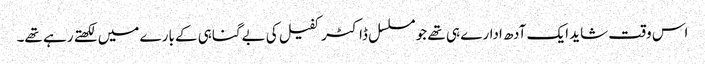
اس وقت شاید ایک آدھ ادارے ہی تھے جو مسلسل ڈاکٹر کفیل کی بےگناہی کے بارے میں لکھتے رہے تھے۔